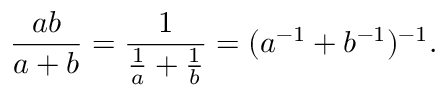
{ \frac { a b } { a + b } } = { \frac { 1 } { { \frac { 1 } { a } } + { \frac { 1 } { b } } } } = ( a ^ { - 1 } + b ^ { - 1 } ) ^ { - 1 } .